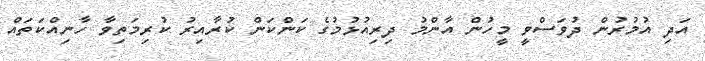
އަދި އުމުރުން ދުވަސްވީ މީހުން އާންމު ދިރިއުޅުމުގެ ކަންކަން ކުރާއިރު ކުރިމަތިވާ ހާނިއްކަތައް